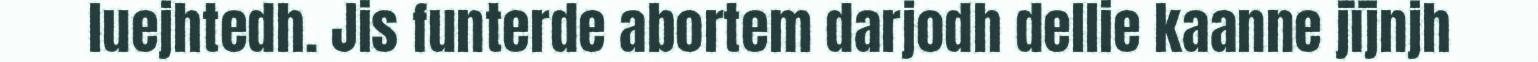
luejhtedh. Jis funterde abortem darjodh dellie kaanne jïjnjh